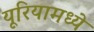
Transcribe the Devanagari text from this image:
यूरियामध्ये